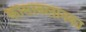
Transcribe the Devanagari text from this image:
कासाबलानका